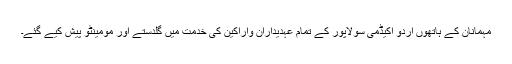
مہمانان کے ہاتھوں اردو اکیڈمی سولاپور کے تمام عہدیداران واراکین کی خدمت میں گلدستے اور مومینٹو پیش کیے گئے۔